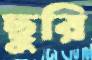
ছুরি